Lunatic asylums in Bengal annual reports 1899-1911 - 1899-1911
Year: 1899
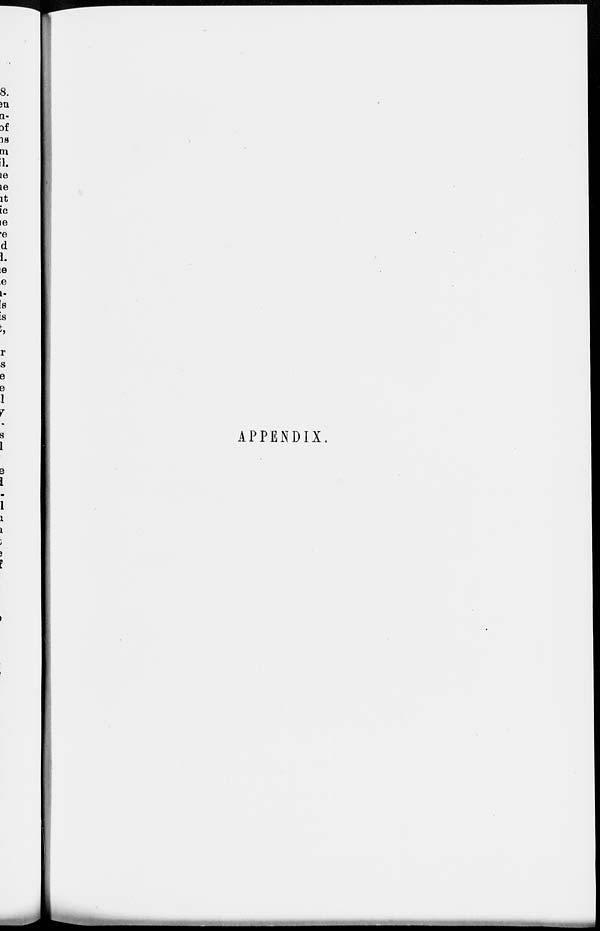
APPENDIX.